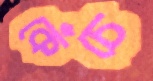
কেঁচে